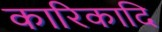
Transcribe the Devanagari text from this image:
कारिकादि